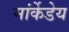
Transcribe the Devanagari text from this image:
मांर्केडेय